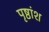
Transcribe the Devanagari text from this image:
पृष्ठांश